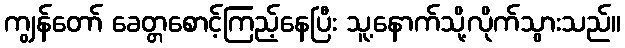
ကျွန်တော် ခေတ္တစောင့်ကြည့်နေပြီး သူ့နောက်သို့လိုက်သွားသည်။